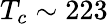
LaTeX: T_{c}\sim 223